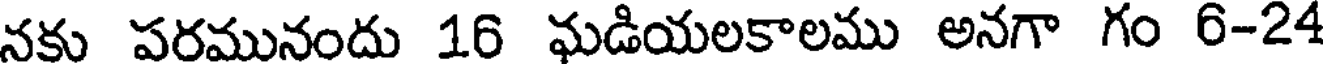
నకు పరమునందు 16 ఘడియలకాలము అనగా గం 6-24